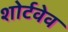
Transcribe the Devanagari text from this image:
शोर्टवेव